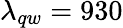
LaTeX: \lambda_{qw}=930